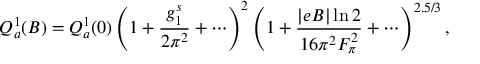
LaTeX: { \cal Q } _ { a } ^ { 1 } ( B ) = { \cal Q } _ { a } ^ { 1 } ( 0 ) \left( 1 + { \frac { g _ { 1 } ^ { s } } { 2 \pi ^ { 2 } } } + \cdots \right) ^ { 2 } \left( 1 + { \frac { \left| e B \right| \ln 2 } { 1 6 \pi ^ { 2 } F _ { \pi } ^ { 2 } } } + \cdots \right) ^ { 2 . 5 / 3 } ,